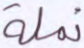
نملة